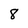
Character: 8